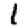
Digit: 1